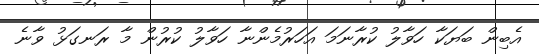
އެބިން ބަޔަކާ ހަވާލު ކުރާނަމަ އަހަރުމެންނާ ހަވާލު ކުރުން މާ ރަނގަޅު ވާނެ